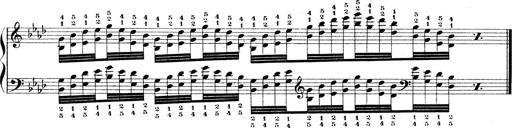
Title: Technische Studien
Composer: Franz Liszt